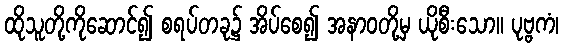
ထိုသူတို့ကိုဆောင်၍ စရပ်တခု၌ အိပ်စေ၍ အနာဝတို့မှ ယိုစီးသော။ ပုဗ္ဗကံ၊